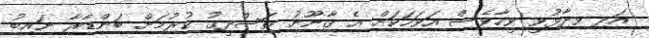
އަދި ވިދާޅުވީ ވީހާވެސް އަވަހަކަށް އެ ގާނޫނު ތަސްދީގު ކުރުމަށް ބަންޑާރާ ނައިބު